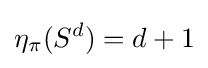
\eta _{\pi }(S^{d})=d+1